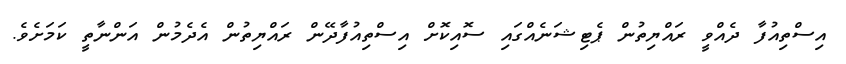
އިސްތިއުފާ ދެއްވީ ރައްޔިތުން ޕެޓިޝަނެއްގައި ސޮއިކޮށް އިސްތިއުފާދޭން ރައްޔިތުން އެދެމުން އަންނާތީ ކަމަށެވެ.